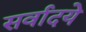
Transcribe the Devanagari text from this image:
सर्वादये